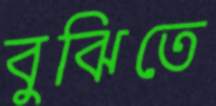
বুঝিতে